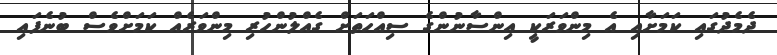
ދެމެދުގައި ކަމަށާއި އެ މިންވަރަކީ އިންސާނުންގެ ސިއްހަތަށް ގެއްލުންހުރި މިންވަރެއް ކަމަށްވެސް ބުނެފައި